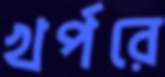
খর্পরে